Lunatic asylums Madras 1877-1891 - 1877-1891
Year: 1877
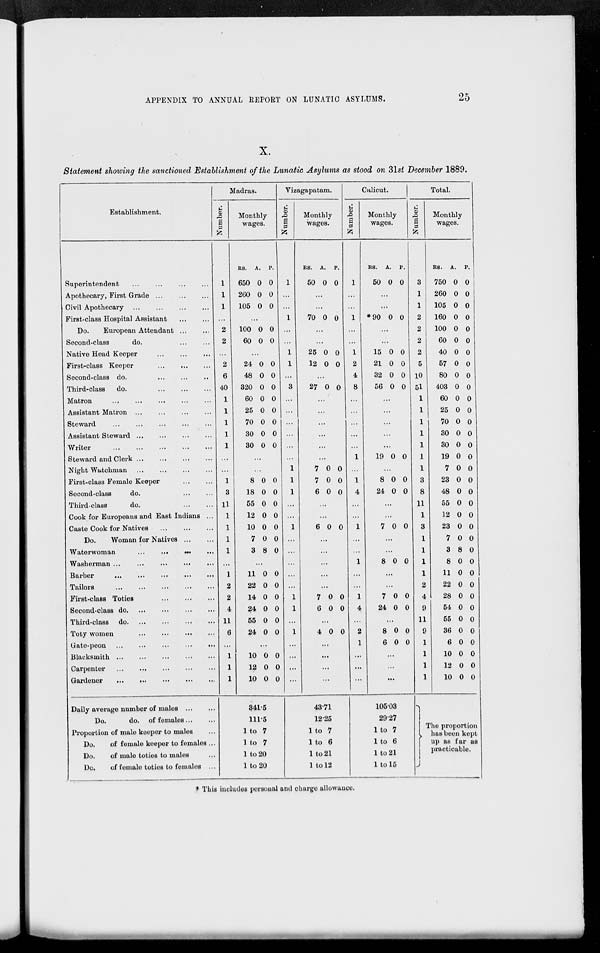
APPENDIX TO ANNUAL REPORT ON LUNATIC ASYLUMS.
25
X.
Statement showing the sanctioned Establishment of the Lunatic Asylums as stood on 31st December 1889.
Establishment.
Superintendent
...
...
...
...
Apothecary, First Grade
...
...
...
Civil Apothecary
...
...
...
...
First-class Hospital Assistant
...
...
Do.
European Attendant ... ...
Second-class
do.
...
...
Native Head Keeper
...
...
...
First-class Keeper
...
...
...
Second-class do.
...
...
...
Third-class
do.
...
...
...
Matron
...
...
...
...
...
Assistant Matron
...
...
...
...
Steward
...
...
...
...
...
Assistant Steward
...
...
...
...
Writer
...
...
...
...
...
Steward and Clerk
...
...
...
...
Night Watchman
...
...
...
...
First-class Female Keeper
...
...
Second-class
do.
...
...
Third-class
do.
...
...
Cook for Europeans and East Indians ...
Caste Cook for Natives
...
...
...
Do.
Woman for Natives
...
...
Waterwoman
...
...
...
...
Washerman
...
...
...
...
...
Barber
...
...
...
...
...
Tailors
...
...
...
...
...
First-class Toties
...
...
...
Second-class
do. ... ... ... ...
Third-class
do. ... ... ... ...
Toty women ... ... ... ...
Gate-peon
...
...
...
...
...
Blacksmith
...
...
...
...
...
Carpenter
...
...
...
...
...
Gardener
...
...
...
...
....
Daily average number of males
...
...
Do.
do. of females ... ...
Proportion of male keeper to males ...
Do.
of female keeper to females ...
Do.
of male toties to males
...
Do.
of female toties to females ...
Madras.
Number.
1
1
1
...
2
2
...
2
6
40
1
1
1
1
1
...
...
1
3
11
1
1
1
1
...
1
2
2
4
11
6
...
1
1
1
Monthly
wages.
RS.
650
260
105
A.
0
0
0
P.
0
0
0
...
100
60
0
0
0
0
...
24
48
320
60
25
70
30
30
0
0
0
0
0
0
0
0
0
0
0
0
0
0
0
0
...
...
8
18
55
12
10
7
3
0
0
0
0
0
0
8
0
0
0
0
0
0
0
...
11
22
14
24
55
24
0
0
0
0
0
0
0
0
0
0
0
0
...
10
12
10
0
0
0
0
0
0
341.5
111.5
1 to 7
1 to 7
1 to 20
1 to 20
Vizagapatam.
Number.
1
...
...
1
...
...
1
1
...
3
...
...
...
...
...
...
1
1
1
...
...
1
...
...
...
...
...
1
1
...
1
...
...
...
...
Monthly
wages.
RS.
50
A.
0
P.
0
...
...
70 0 0
...
...
25
12
0
0
0
0
...
27 0 0
...
...
...
...
...
...
7
7
6
0
0
0
0
0
0
...
...
6 0 0
...
...
...
...
...
7
6
0
0
0
0
...
4 0 0
...
...
...
...
43.71
12.25
1 to 7
1 to 6
1 to 21
1 to 12
Calicut.
Number.
1
...
...
1
...
...
1
2
4
8
...
...
...
...
...
1
...
1
4
...
...
1
...
...
1
...
...
1
4
...
2
1
...
...
...
Monthly
wages.
RS.
50
A.
0
P.
0
...
...
*90 0 0
...
...
15
21
32
56
0
0
0
0
0
0
0
0
...
...
...
...
...
19 0 0
...
8
24
0
0
0
0
...
...
7 0 0
...
...
8 0 0
...
...
7
24
0
0
0
0
...
8
6
0
0
0
0
...
...
...
105.03
29.27
1 to 7
1 to 6
1 to 21
1 to 15
Total.
Number.
3
1
1
2
2
2
2
5
10
51
1
1
1
1
1
1
1
3
8
11
1
3
1
1
1
1
2
4
9
11
9
1
1
1
1
Monthly
wages.
RS.
750
260
105
160
100
60
40
57
80
403
60
25
70
30
30
19
7
23
48
55
12
23
7
3
8
11
22
28
54
55
36
6
10
12
10
A.
0
0
0
0
0
0
0
0
0
0
0
0
0
0
0
0
0
0
0
0
0
0
0
8
0
0
0
0
0
0
0
0
0
0
0
P.
0
0
0
0
0
0
0
0
0
0
0
0
0
0
0
0
0
0
0
0
0
0
0
0
0
0
0
0
0
0
0
0
0
0
0
The proportion
has been kept
up as far as
practicable.
* This includes personal and charge allowance.